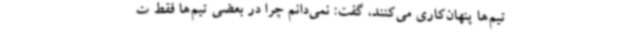
تیم‌ها پنهان‌کاری می‌کنند، گفت: نمی‌دانم چرا در بعضی تیم‌ها فقط ت